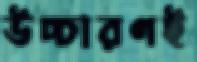
উচ্চারণই